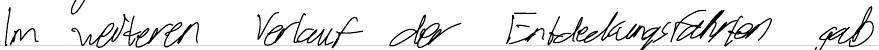
Im weiteren Verlauf der Entdeckungsfahrten gab